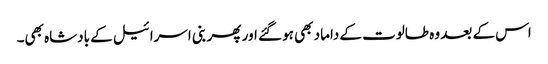
اس کے بعد وہ طالوت کے داماد بھی ہو گئے اور پھر بنی اسرائیل کے بادشاہ بھی۔